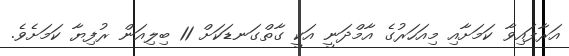
އަރާފައިވާ ކަމަށާއި މިއަހަރުގެ އާމްދަނީ އަކީ ގާތްގަނޑަކަށް 11 ބިލިއަން ރުފިޔާ ކަމަށެވެ.